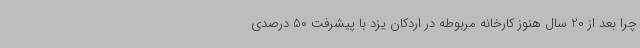
چرا بعد از 20 سال هنوز کارخانه مربوطه در اردکان یزد با پیشرفت 50 درصدی